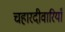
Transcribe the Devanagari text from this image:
चहारदीवारियाँ